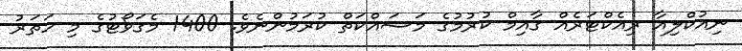
ނިއުކްލިއާ ރިއެކްޓަރެއް ގާއިމް ކުރުމުގެ މަސައްކަތް ކުރަމުންނެވެ. 1400 މެގަވޯޓުގެ މި ހަތަރު